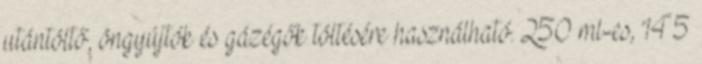
utántöltő, öngyújtók és gázégők töltésére használható. 250 ml-es, 145